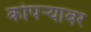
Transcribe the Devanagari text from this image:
कोपऱ्यावर